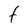
Character: t